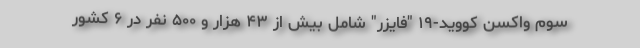
سوم واکسن کووید-۱۹ "فایزر" شامل بیش از ۴۳ هزار و ۵۰۰ نفر در ۶ کشور